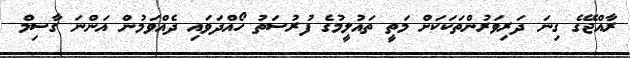
ރާއްޖޭގެ ގިނަ ދަރިވަރުންތަކަކަށް މަތީ ތައުލީމުގެ ފުރުސަތު ހޯއްދަވައި ދެއްވަމުން އަންނަ ގާސިމް